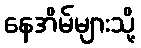
နေအိမ်များသို့